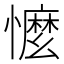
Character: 𢣗